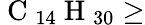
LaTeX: \mathrm{~C~}_{14}\mathrm{~H~}_{30}\geq